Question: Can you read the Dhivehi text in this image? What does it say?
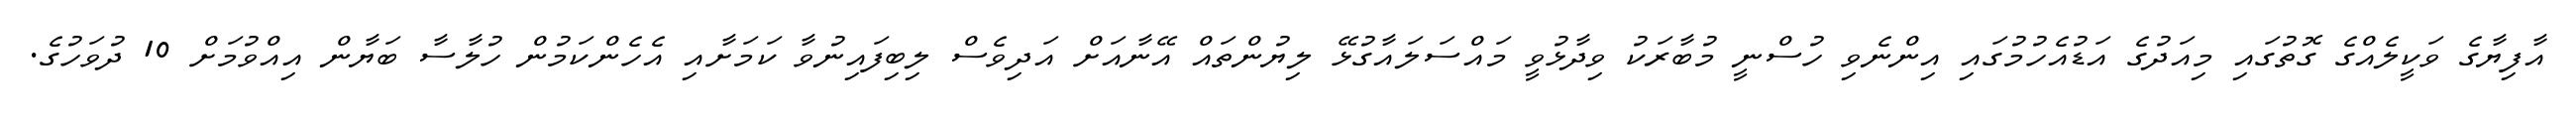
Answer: އާފިޔާގެ ވަކީލެއްގެ ގޮތުގައި މިއަދުގެ އަޑުއެހުމުގައި އިންނެވި ހުސްނީ މުބާރަކު ވިދާޅުވީ މައްސަލައާގުޅޭ ލިޔުންތައް އޭނާއަށް އަދިވެސް ލިބިފައިނުވާ ކަމަށާއި އެހެންކަމުން ހުލާސާ ބަޔާން އިއްވުމަށް 10 ދުވަހުގެ.